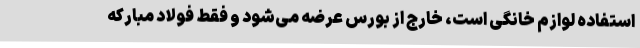
استفاده لوازم خانگی است، خارج از بورس عرضه می‌شود و فقط فولاد مبارکه